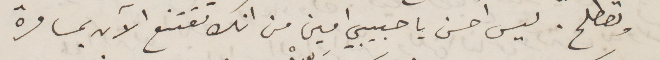
وتصطلح. ليس احسن يا حبيبي امين انك تقتنع الآن بمسامرة